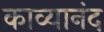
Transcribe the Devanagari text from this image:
काव्यानंद